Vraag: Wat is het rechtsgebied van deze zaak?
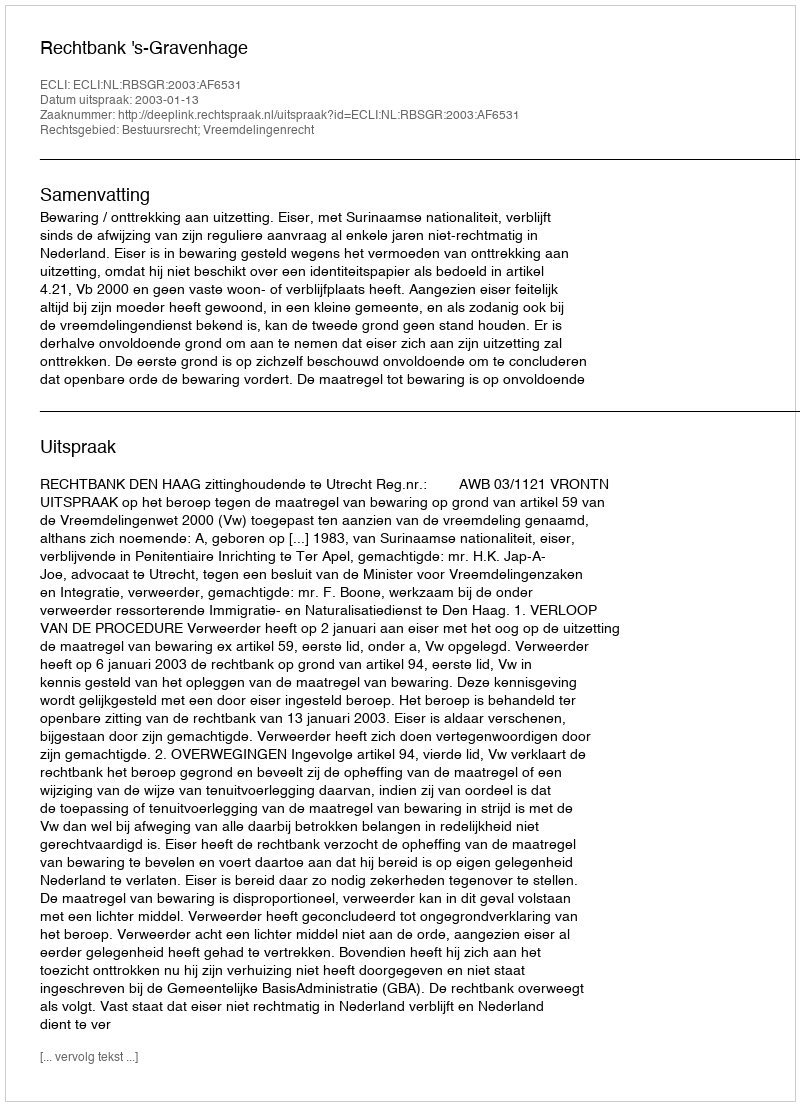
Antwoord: Bestuursrecht; Vreemdelingenrecht